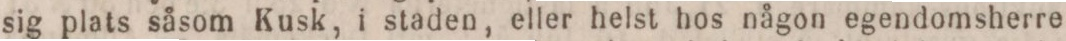
sig plats såsom Kusk, i staden, eller helst hos någon egendomsherre